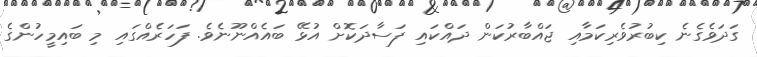
ގަދަވެގެނެ ކިބުރުވެރިކަމާއި ޖައްބާރުކަން ދައްކައި ފަސާދަކޮށް އުޅޭ ބައެއްނޫނެވެ. ފަހަރެއްގައި މި ބައިމީހުންގެ